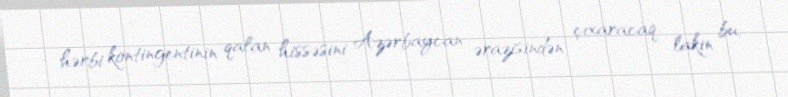
hərbi kontingentinin qalan hissəsini Azərbaycan ərazisindən çıxaracaq, lakin bu,